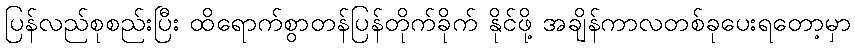
ပြန်လည်စုစည်းပြီး ထိရောက်စွာတန်ပြန်တိုက်ခိုက် နိုင်ဖို့ အချိန်ကာလတစ်ခုပေးရတော့မှာ